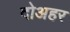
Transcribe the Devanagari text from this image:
दोअहर